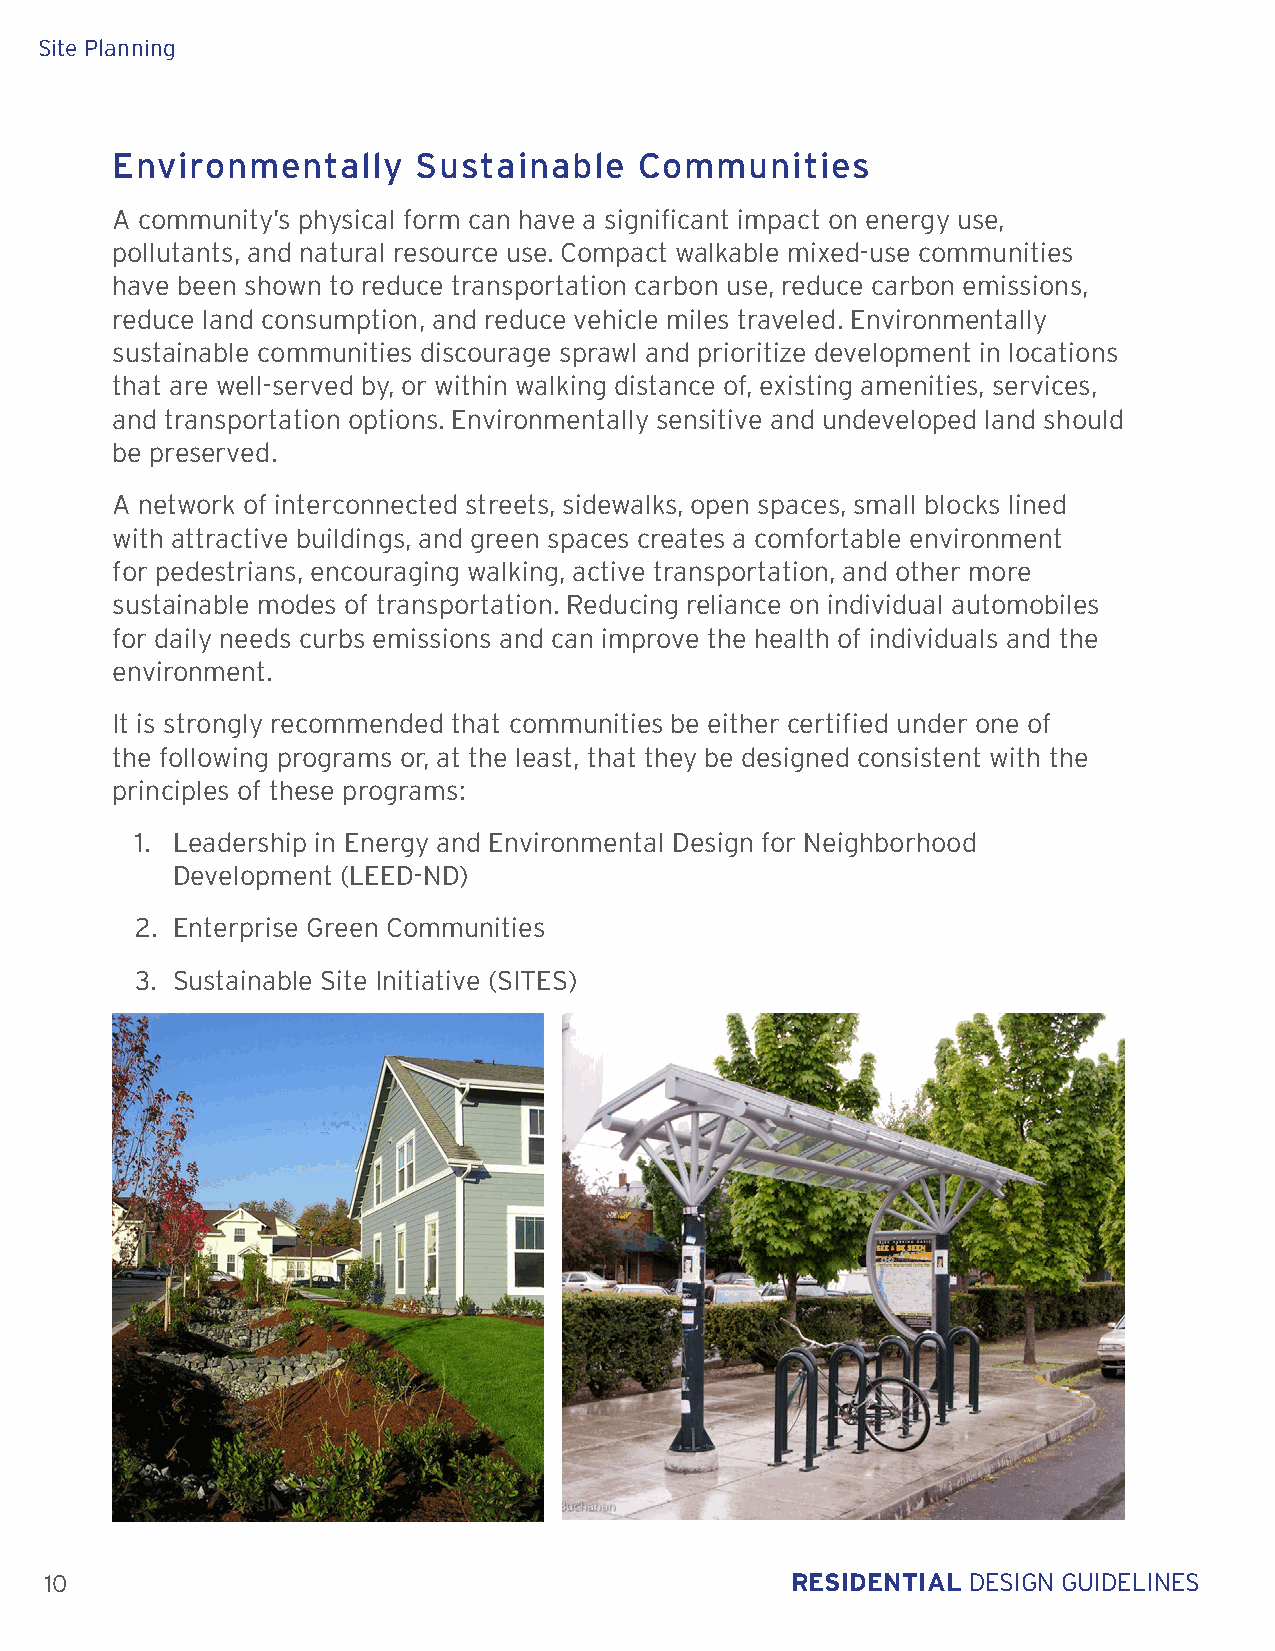
Site Planning
 Environmentally      Sustainable   Communities
 A community’s physical form can have a significant impact on energy use,
 pollutants, and natural resource use. Compact walkable mixed-use communities
 have been shown to reduce transportation carbon use, reduce carbon emissions,
 reduce land consumption, and reduce vehicle miles traveled. Environmentally
 sustainable communities discourage sprawl and prioritize development in locations
 that are well-served by, or within walking distance of, existing amenities, services,
 and transportation options. Environmentally sensitive and undeveloped land should
 be preserved.
 A network of interconnected streets, sidewalks, open spaces, small blocks lined
 with attractive buildings, and green spaces creates a comfortable environment
 for pedestrians, encouraging walking, active transportation, and other more
 sustainable modes of transportation. Reducing reliance on individual automobiles
 for daily needs curbs emissions and can improve the health of individuals and the
 environment.
 It is strongly recommended that communities be either certified under one of
 the following programs or, at the least, that they be designed consistent with the
 principles of these programs:
 1. Leadership in Energy and Environmental Design for Neighborhood
 Development (LEED-ND)
 2. Enterprise Green Communities
 3. Sustainable Site Initiative (SITES)
 10                                               RESIDENTIAL DESIGN GUIDELINES